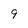
Character: 9